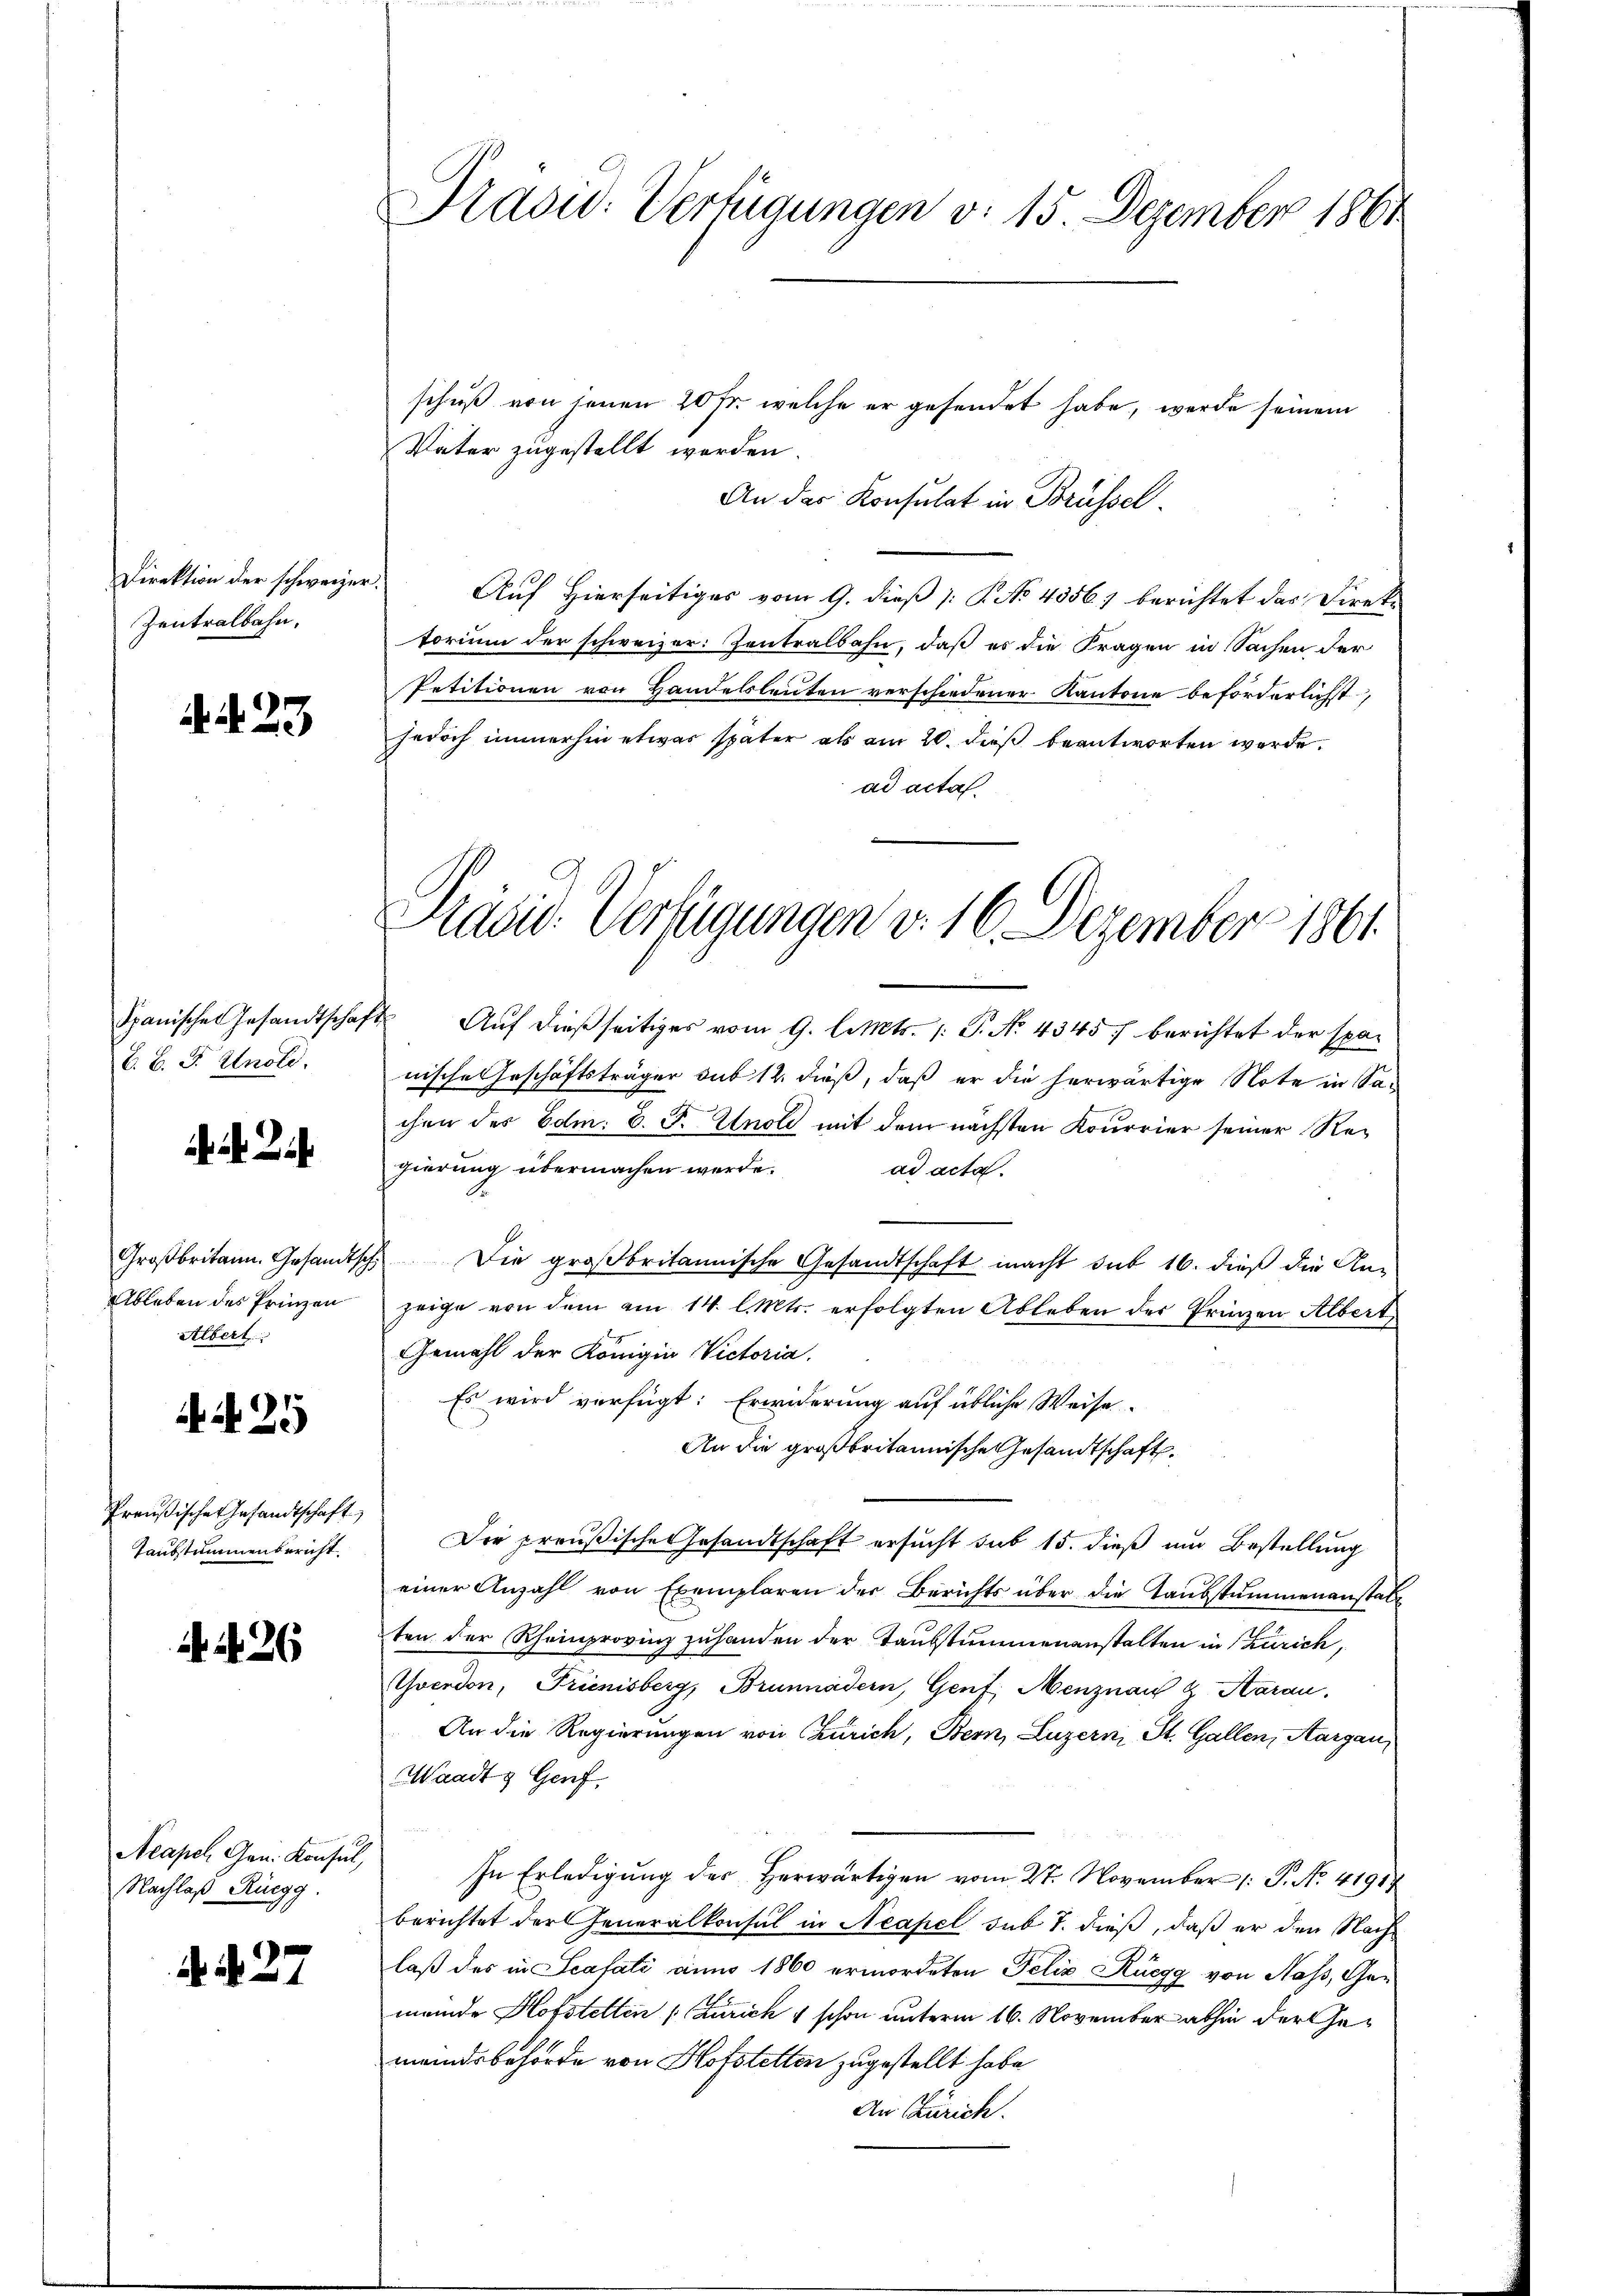
Direktion der schweizer
Zentralbahn.

. N. 23

Spanischen Gesandtschaf
V. B. F. Knold.

i. Di

Großbritann. Gesandtsch
Ableben des Prinzen
Albert

4425

Preußische Gesandtschaft
Taubstummenbericht

N. 26

Acapel Gen. Konsul,
Nachlaß Rüegg.

. d. 27

Prasw: Verfügungen v. 15 Dezember 1864

schuß von jenen 20 fr. welche er gesendet habe, werde seinem
Vater zugestellt worden.
An der Konsulat in Brüssel
Auf Hierseitiges vom 9. dieß [ P. No. 43567 berichtet das Direktorium der schweizer: Zentralbahn, daß es die Fragen in Sachen der
Petitionen von Handelsleiten verschiedener Kantone beförderlichst
jedoch immerhin etwas später als am 20. dieß beantworten werde.
ad acta.

Präsid. Verfügungen d. 16. Dezember 1861

2 Auf dießseitiges vom 9. l. Mts. /: P. No. 4345) berichtet der spanische Geschäftsträger sub 12. dieß, daß er die herwärtige Note in Sachen des Edm. 8. F. Knold mit dem nächsten Kourrier seiner Regierung übermachen werde. ad acta
Die großbritannische Gesandtschaft macht sub 16. dieß die An-
zeige von dem am 14. Cts. erfolgten Ableben der Prinzen Albert
Gemahl der Königin Victoria.
Es wird verfügt: Erwiderung auf übliche Weise.
An die großbritannische Gesandtschaft.
Die preußisches Gesandtschaft ersucht sub 15. dieß um Bestellung
einer Anzahl von Exemplaren der Berichts über die Taubstummenanstalt
ten der Rheinprovinz zuhanden der Taubstummenanstalten in Zürich,
Yverdon, Trienisberg, Brunnäder, Genf, Menznau & Aarau
An die Regierungen von Zürich, Bern, Luzern, St. Gallen, Aargau
Waadt & Genf
In Erledigung des herwärtigen vom 27. November (: P. No. 41914
berichtet der Generalkonsul in Neapel sub 7. dieß, daß er den Nachlaß des in Scafati anno 1860 ermordeten Felix Rüegg von Hass, Gemende Hofstellen (Zürich 4 schon unterm 16. November abhin der Gemeindsbehörde von Hofstetten zugestellt habe
An Zürich.